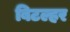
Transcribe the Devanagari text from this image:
बिटल्हर